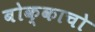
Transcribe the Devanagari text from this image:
बोक्काचो